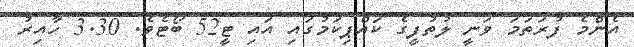
އެންމެ ފުރަތަމަ ވަނީ ލުތުފީގެ ކައްޕިކަމުގައި އައި ޓީ52 ބޯޓެވެ. 3.30 ހާއިރު